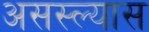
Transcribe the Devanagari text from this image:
असस्ल्यास